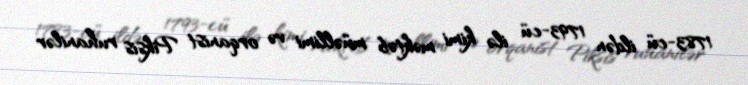
1783-cü ildən 1793-cü ilə kimi məktəb müəllimi və orqanist Piksis ruhanilər